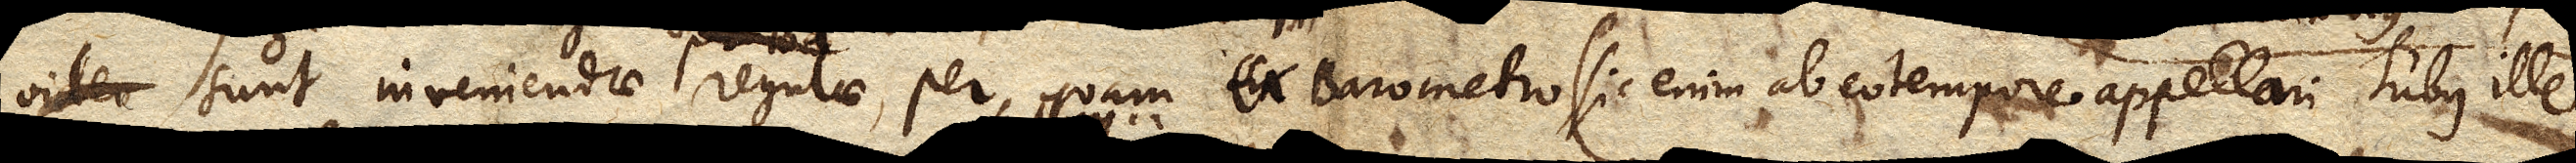
sunt inveniendae regulae, per quam ex Barometro,, (sic enim ab eo tempore appellari Tubus ille